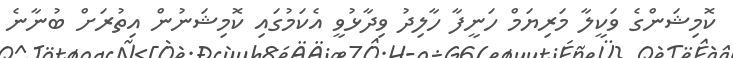
ކޮމިޝަންގެ ވަކީލާ މަރިޔަމް ހަނީފާ ހާލިދު ވިދާޅުވީ އެކަމުގައި ކޮމިޝަނުން އިތުރަށް ބުނާނެ